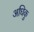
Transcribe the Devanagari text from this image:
अधिकु